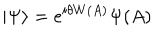
| \Psi \rangle = e ^ { i \theta W ( A ) } \Psi ( A )